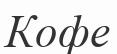
Кофе